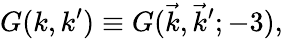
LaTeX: G(k,k^{\prime})\equiv G(\vec{k},\vec{k}^{\prime};-3),